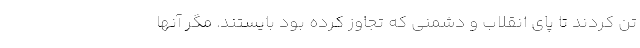
تن کردند تا پای انقلاب و دشمنی که تجاوز کرده بود بایستند. مگر آنها